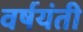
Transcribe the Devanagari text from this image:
वर्षयंती